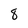
Character: 8